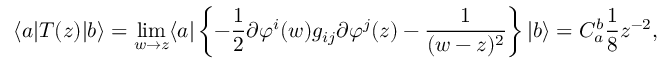
\langle a | T ( z ) | b \rangle = \operatorname * { l i m } _ { w \rightarrow z } \langle a | \left\{ - { \frac { 1 } { 2 } } \partial \varphi ^ { i } ( w ) g _ { i j } \partial \varphi ^ { j } ( z ) - { \frac { 1 } { ( w - z ) ^ { 2 } } } \right\} | b \rangle = C _ { a } ^ { b } { \frac { 1 } { 8 } } z ^ { - 2 } ,